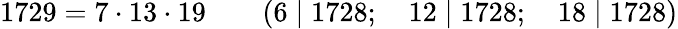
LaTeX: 1729=7\cdot 13\cdot 19\qquad(6\mid 1728;\quad 12\mid 1728;\quad 18\mid 1728)